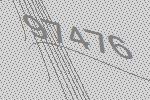
97476